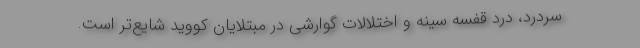
سردرد، درد قفسه سینه و اختلالات گوارشی در مبتلایان کووید شایع‌تر است.